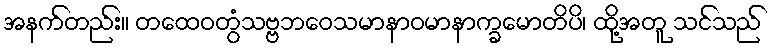
အနက်တည်း။ တထေဝတွံသဗ္ဗဘဝေသမာနာဝမာနာက္ခမောတိပိ၊ ထို့အတူ သင်သည်